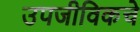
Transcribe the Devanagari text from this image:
उपजीविकचे